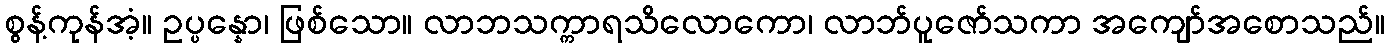
စွန့်ကုန်အံ့။ ဥပ္ပန္နော၊ ဖြစ်သော။ လာဘသက္ကာရသိလောကော၊ လာဘ်ပူဇော်သကာ အကျော်အစောသည်။